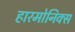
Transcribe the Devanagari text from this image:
हारमोनिक्स